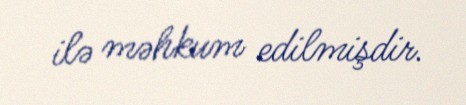
ilə məhkum edilmişdir.